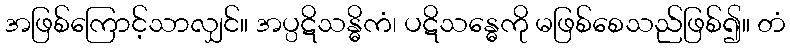
အဖြစ်ကြောင့်သာလျှင်။ အပ္ပဋိသန္ဓိကံ၊ ပဋိသန္ဓေကို မဖြစ်စေသည်ဖြစ်၍။ တံ